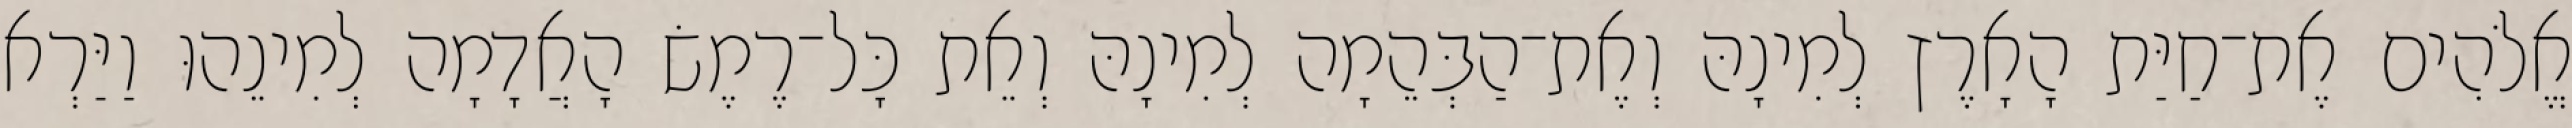
אֱלֹהִים אֶת־חַיַּת הָאָרֶץ לְמִינָהּ וְאֶת־הַבְּהֵמָה לְמִינָהּ וְאֵת כָּל־רֶמֶשׂ הָאֲדָמָה לְמִינֵהוּ וַיַּרְא